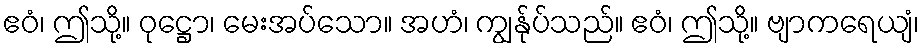
ဧဝံ၊ ဤသို့။ ဝုဋ္ဌော၊ မေးအပ်သော။ အဟံ၊ ကျွန်ုပ်သည်။ ဧဝံ၊ ဤသို့။ ဗျာကရေယျံ၊